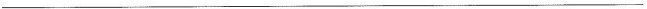
___